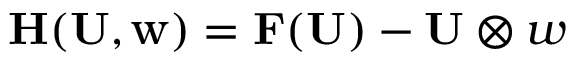
\mathbf { H ( \mathbf { U } , \boldsymbol { w } ) } = \mathbf { F ( \mathbf { U } ) } - \mathbf { U } \otimes \boldsymbol { w }